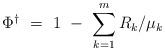
LaTeX: \begin{align*}\Phi^\dagger\ =\ 1\ -\ \sum_{k=1}^m R_k/\mu_k\end{align*}